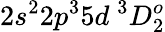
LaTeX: {2s^{2}2p^{3}5d~^{3}D_{2}^{o}}